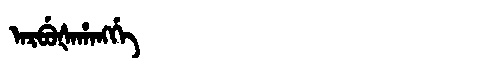
Manchu: ᠠᡵᠪᡠᡧᠠᡥᠠᠩᡤᡝ
Romanization: ARBUŠAHANGGE